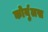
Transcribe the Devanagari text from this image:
कोर्युलस